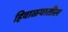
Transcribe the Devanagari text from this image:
हिवाळयातील